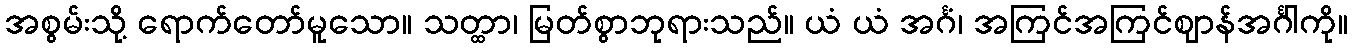
အစွမ်းသို့ ရောက်တော်မူသော။ သတ္ထာ၊ မြတ်စွာဘုရားသည်။ ယံ ယံ အင်္ဂံ၊ အကြင်အကြင်ဈာန်အင်္ဂါကို။